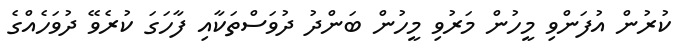
ކުރުން އުފަންވި މީހުން މަރުވި މީހުން ބަންދު ދުވަސްތަކާއި ފާހަގަ ކުރެވޭ ދުވަހެއްގެ